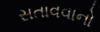
સતાવવાનો